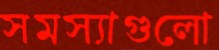
সমস্যাগুলো